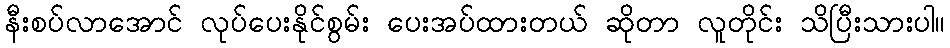
နီးစပ်လာအောင် လုပ်ပေးနိုင်စွမ်း ပေးအပ်ထားတယ် ဆိုတာ လူတိုင်း သိပြီးသားပါ။